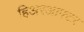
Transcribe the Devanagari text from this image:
हिअरआफ्टर